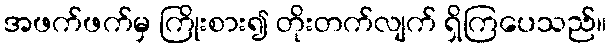
အဖက်ဖက်မှ ကြိုးစား၍ တိုးတက်လျက် ရှိကြပေသည်။